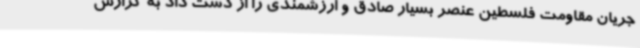
جریان مقاومت فلسطین عنصر بسیار صادق و ارزشمندی را از دست داد به گزارش